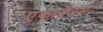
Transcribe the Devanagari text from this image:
एकाउंटस